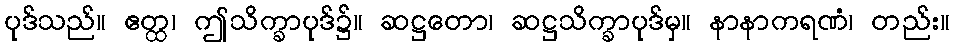
ပုဒ်သည်။ ဧတ္ထ၊ ဤသိက္ခာပုဒ်၌။ ဆဋ္ဌတော၊ ဆဋ္ဌသိက္ခာပုဒ်မှ။ နာနာကရဏံ၊ တည်း။